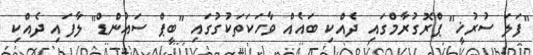
"ފަލަ ސުރުޚީ" ޕްރޮގުރާމްގައި ދެއްކި ބައެއް ވާހަކަތަކުގުގައި "ބީޕް ސައުންޑް" ލާފައި ދެއްކި